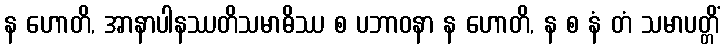
န ဟောတိ, အာနာပါနဿတိသမာဓိဿ စ ပဘာဝနာ န ဟောတိ, န စ နံ တံ သမာပတ္တိံ